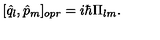
[ { \hat { q } } _ { l } , { \hat { p } } _ { m } ] _ { o p r } = i \hbar \Pi _ { l m } .